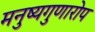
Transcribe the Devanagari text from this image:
मनुष्यगुणारोप